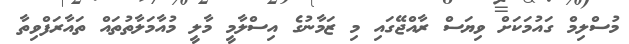
މުސްލިމް ގައުމަކަށް ވިޔަސް ރާއްޖޭގައި މި ޒަމާނުގެ އިސްލާމީ މާލީ މުއާމަލާތުތައް ތައާރަފްވިތާ